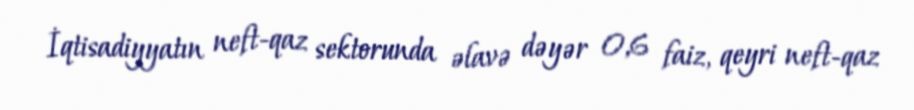
İqtisadiyyatın neft-qaz sektorunda əlavə dəyər 0,6 faiz, qeyri neft-qaz